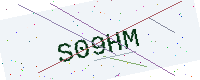
Text: S09HM